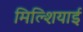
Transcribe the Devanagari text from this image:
मिल्शियाई